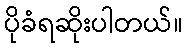
ပိုခံရဆိုးပါတယ်။